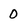
Character: 0